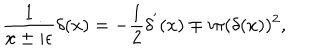
\frac { 1 } { x \pm i \epsilon } \delta ( x ) = - \frac { 1 } { 2 } \delta ^ { ' } ( x ) \mp i \pi ( \delta ( x ) ) ^ { 2 } ,